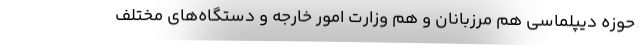
حوزه دیپلماسی هم مرزبانان و هم وزارت امور خارجه و دستگاه‌های مختلف